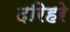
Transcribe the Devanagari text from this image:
दरिहरे